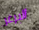
البرغر